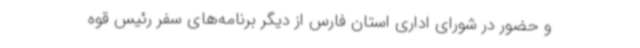
و حضور در شورای اداری استان فارس از دیگر برنامه‌های سفر رئیس قوه